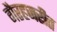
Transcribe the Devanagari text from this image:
गैरहजरीत